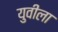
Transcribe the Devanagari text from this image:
युवीला